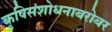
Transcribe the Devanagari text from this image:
कृषिसंशोधनाबरोबर